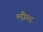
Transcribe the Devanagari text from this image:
लौय्ड